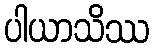
ပါယာသိဿ